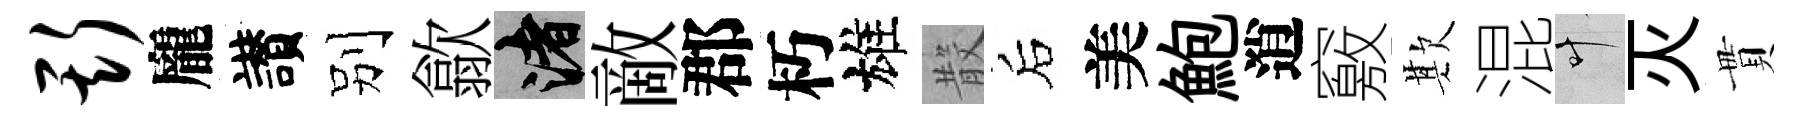
斯龐讃别歙渚敵郡朽雄𣪚后美鮑逍竅欺混叶灭貫